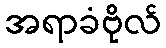
အရာခံဗိုလ်